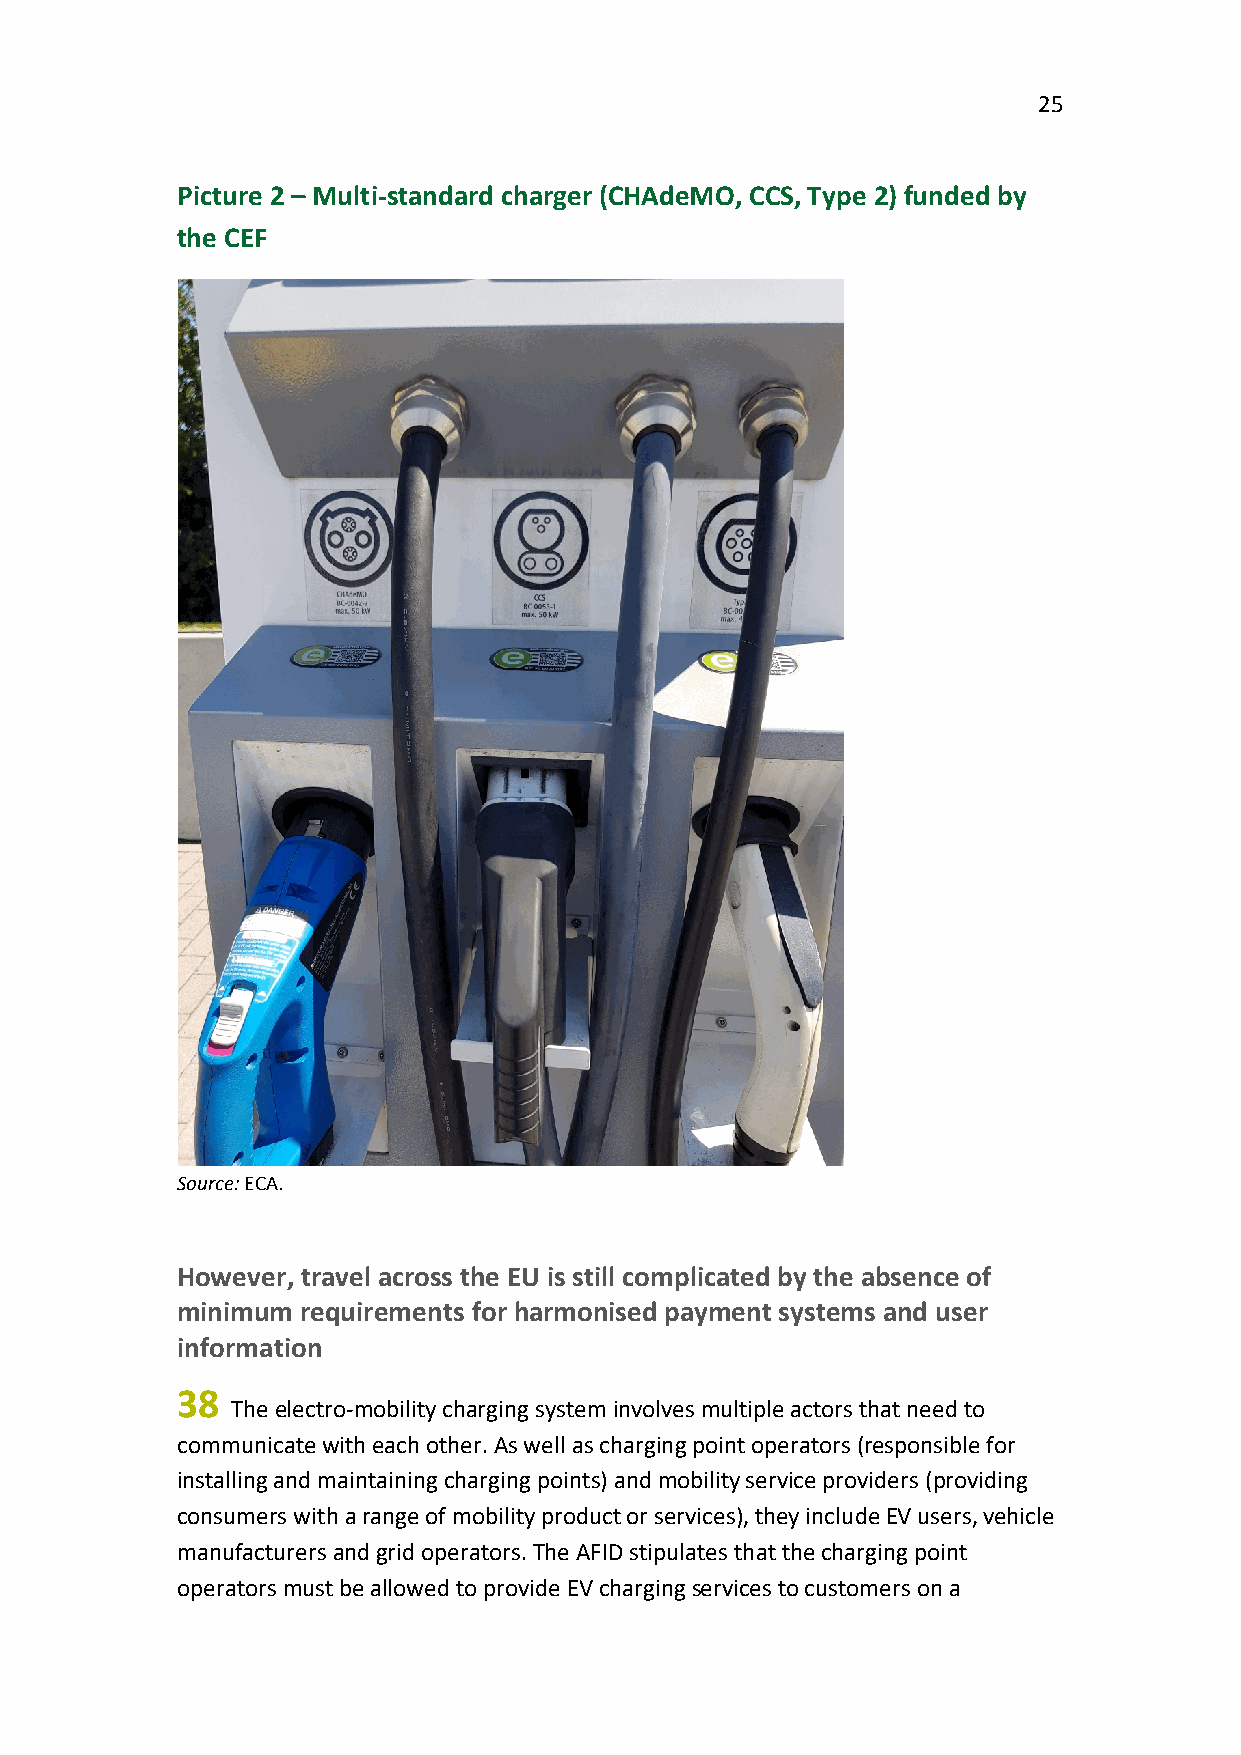
25
 Picture 2 – Multi-standard charger (CHAdeMO, CCS, Type 2) funded by
 the CEF
 Source: ECA.
 However, travel across the EU is still complicated by the absence of
 minimum requirements for harmonised payment systems and user
 information
 38
 The electro-mobility charging system involves multiple actors that need to
 communicate with each other. As well as charging point operators (responsible for
 installing and maintaining charging points) and mobility service providers (providing
 consumers with a range of mobility product or services), they include EV users, vehicle
 manufacturers and grid operators. The AFID stipulates that the charging point
 operators must be allowed to provide EV charging services to customers on a